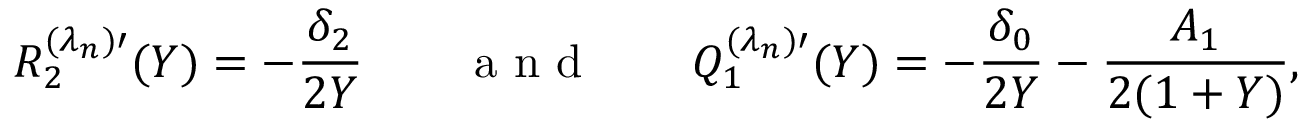
R _ { 2 } ^ { ( \lambda _ { n } ) \prime } ( Y ) = - \frac { \delta _ { 2 } } { 2 Y } \qquad \mathrm { ~ a ~ n ~ d ~ } \qquad Q _ { 1 } ^ { ( \lambda _ { n } ) \prime } ( Y ) = - \frac { \delta _ { 0 } } { 2 Y } - \frac { A _ { 1 } } { 2 ( 1 + Y ) } ,